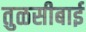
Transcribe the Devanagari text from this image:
तुळसीबाई